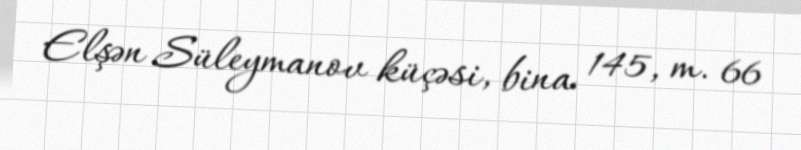
Elşən Süleymanov küçəsi, bina 145, m. 66